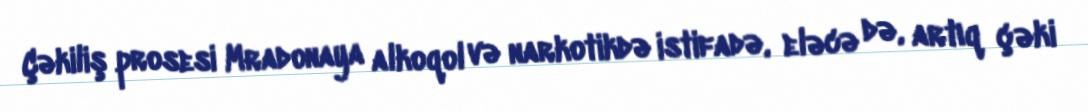
Çəkiliş prosesi Mradonaya alkoqol və narkotikdə istifadə, eləcə də, artıq çəki